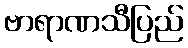
ဗာရာဏသီပြည်